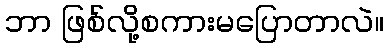
ဘာ ဖြစ်လို့စကားမပြောတာလဲ။